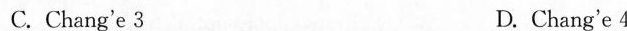
( )4. What can we know about Tianwen 1?